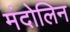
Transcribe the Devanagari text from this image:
मंदोलिन